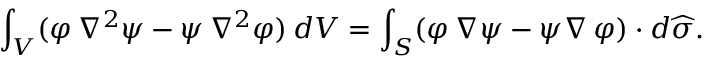
\int _ { V } ( \varphi \, \nabla ^ { 2 } \psi - \psi \, \nabla ^ { 2 } \varphi ) \, d V = \int _ { S } ( \varphi \, \nabla \psi - \psi \nabla \, \varphi ) \cdot d { \widehat { \sigma } } .